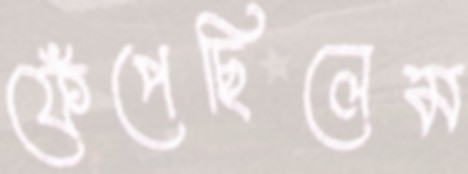
ফেঁপেছিলেম